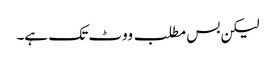
لیکن بس مطلب ووٹ تک ہے۔